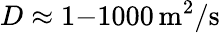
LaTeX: D\approx 1{-}1000\, \mathrm{m^{2}/s}